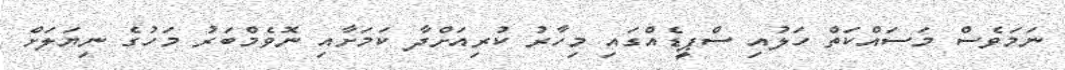
ނަމަވެސް މަސައްކަތް ހަލުއި ސްޕީޑެއްގައި މިހާރު ކުރިއަށްދާ ކަމަށާއި ނޮވެމްބަރު މަހުގެ ނިޔަލަށް